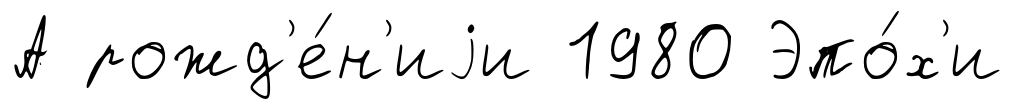
А рожд'е́н'иjи 1980 Эпо́х'и